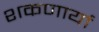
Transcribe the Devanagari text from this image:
शकणार्या